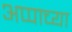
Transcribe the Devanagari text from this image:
अप्पाच्या